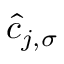
\hat { c } _ { j , \sigma }